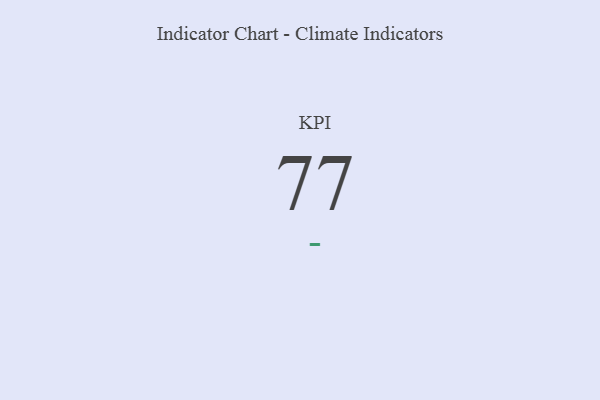
{"axis": {"x": "KPI", "y": "Value"}, "legend": [""], "data": [{"x": "KPI", "y": 77, "type": ""}]}